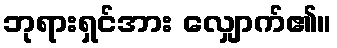
ဘုရားရှင်အား လျှောက်၏။